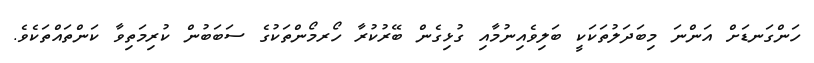
ހަންގަނޑަށް އަންނަ މިބަދަލުތަކަކީ ބަލިވެއިނުމާއި ގުޅިގެން ބޭރުކުރާ ހޯރމޯންތަކުގެ ސަބަބުން ކުރިމަތިވާ ކަންތައްތަކެވެ.